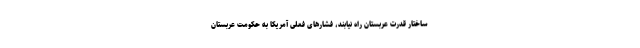
ساختار قدرت عربستان راه نیابند، فشارهای فعلی آمریکا به حکومت عربستان